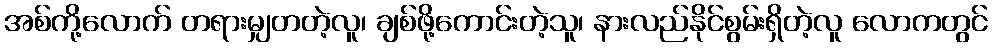
အစ်ကို့လောက် တရားမျှတတဲ့လူ၊ ချစ်ဖို့ကောင်းတဲ့သူ၊ နားလည်နိုင်စွမ်းရှိတဲ့လူ လောကတွင်